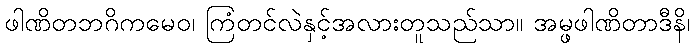
ဖါဏိတဘဂိကမေဝ၊ ကြံတင်လဲနှင့်အလားတူသည်သာ။ အမ္ဖဖါဏိတာဒီနိ၊